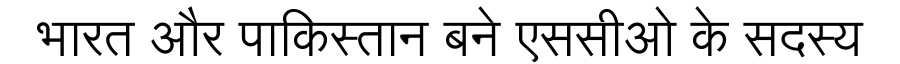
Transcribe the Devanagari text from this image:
भारत और पाकिस्तान बने एससीओ के सदस्य